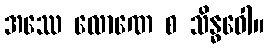
အဿေ လောဏေ စ သိန္ဓဝေါ။